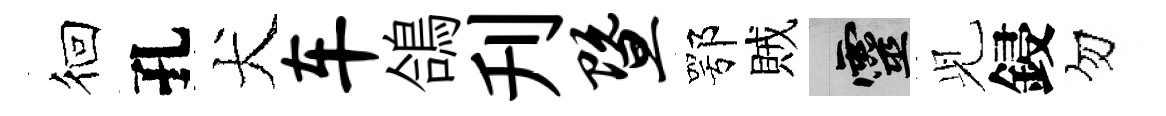
徊孔犬车鴿刋暨鄂賊靈𫤗鋟勿